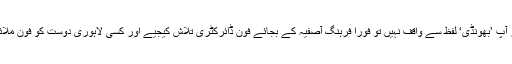
اگر آپ ’بھونڈی‘ لفظ سے واقف نہیں تو فورا فرہنگ آصفیہ کے بجائے فون ڈائرکٹری تلاش کیجیے اور کسی لاہوری دوست کو فون ملائیں۔